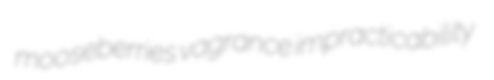
mooseberries vagrance impracticability